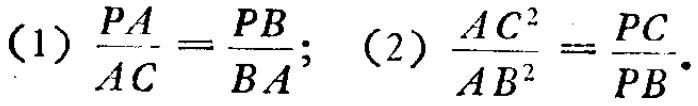
(1) \(\frac{PA}{AC}=\frac{PB}{BA}\); (2) \(\frac{AC^{2}}{AB^{2}}=\frac{PC}{PB}\).